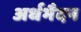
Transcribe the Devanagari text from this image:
अर्धभैदन